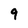
Character: 9